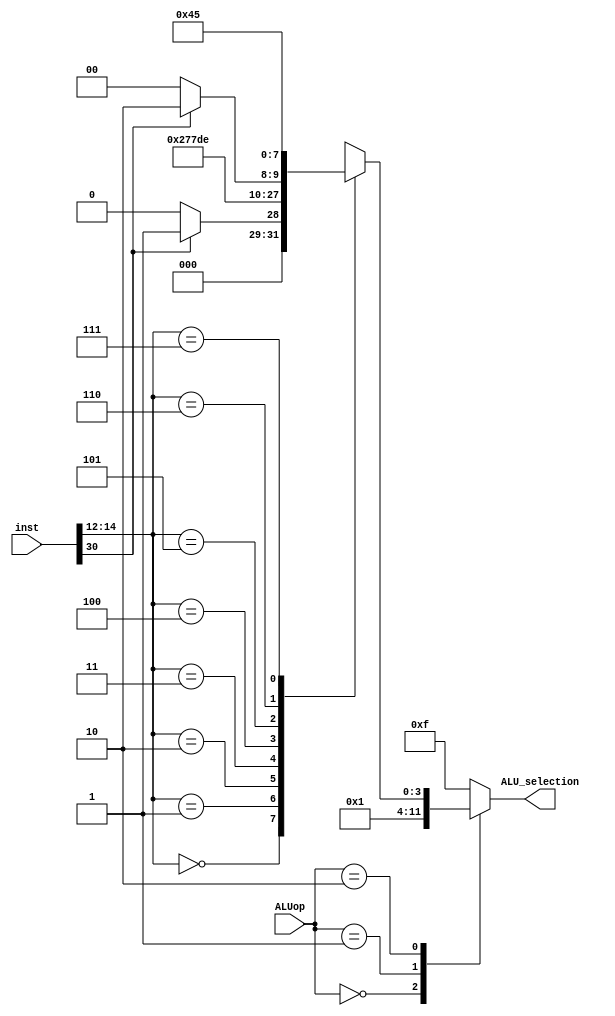
`timescale 1ns / 1ps
//////////////////////////////////////////////////////////////////////////////////
// Company: 
`define     F3_ADD          3'b000
`define     F3_SLL          3'b001
`define     F3_SLT          3'b010
`define     F3_SLTU         3'b011
`define     F3_XOR          3'b100
`define     F3_SRL          3'b101
`define     F3_OR           3'b110
`define     F3_AND          3'b111

`define     ALU_ADD         4'b00_00
`define     ALU_SUB         4'b00_01
`define     ALU_PASS        4'b00_11
`define     ALU_OR          4'b01_00
`define     ALU_AND         4'b01_01
`define     ALU_XOR         4'b01_11
`define     ALU_SRL         4'b10_00
`define     ALU_SRA         4'b10_10
`define     ALU_SLL         4'b10_01
`define     ALU_SLT         4'b11_01
`define     ALU_SLTU        4'b11_11

module ALU_CU(input[1:0]ALUop,input[31:0]inst, output reg[3:0]ALU_selection );
    

    always @(*)begin
    case(ALUop)
        2'b00:ALU_selection = `ALU_ADD;  //add
        2'b01:ALU_selection = `ALU_SUB;  //sub
        2'b10:begin                         //R-format
            case(inst[14:12])
                `F3_ADD:ALU_selection=(inst[30]==1)? `ALU_SUB:`ALU_ADD ;    //sub or add
                
                `F3_SLL:ALU_selection= `ALU_SLL ;         
                `F3_SLT:ALU_selection=    `ALU_SLT;     
                `F3_SLTU :ALU_selection= `ALU_SLTU;      
                `F3_XOR :ALU_selection=    `ALU_XOR;    
                `F3_SRL :ALU_selection=  (inst[30]==1)? `ALU_SRA:`ALU_SRL ;  
                `F3_OR   :ALU_selection=   `ALU_OR;    
                `F3_AND  :ALU_selection=   `ALU_AND;                    
                default: ALU_selection = 4'b1111;   //That wil; not happen
            endcase 
        end
        
        default: ALU_selection = 4'b1111;   //That wil; not happen
    endcase
    end

endmodule